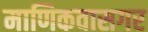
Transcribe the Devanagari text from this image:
माणिकवासगर